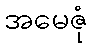
အမေဇုံ